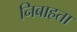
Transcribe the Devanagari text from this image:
निबाहता